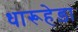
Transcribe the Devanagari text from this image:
धारूहेड़ा